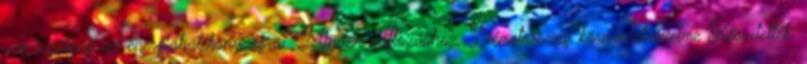
van szükség az energiahatékonyságra? Minden változáshoz, Németország környezetvédelme Készítették: